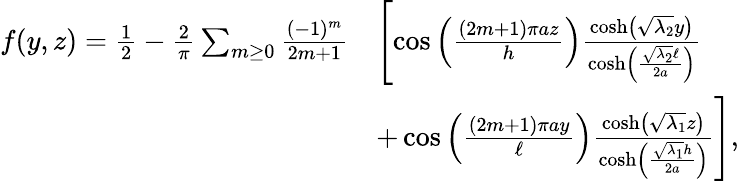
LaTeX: \begin{array}{rl}{f(y,z)=\frac{1}{2}-\frac{2}{\pi}\sum_{m\geq 0}\frac{(-1)^{m}}{2m+1}}&{\left[\cos\left(\frac{(2m+1)\pi az}{h}\right)\frac{\cosh\left(\sqrt{\lambda_{2}}y\right)}{\cosh\left(\frac{\sqrt{\lambda_{2}}\ell}{2a}\right)}\right.}\\ &{\left.+\cos\left(\frac{(2m+1)\pi ay}{\ell}\right)\frac{\cosh\left(\sqrt{\lambda_{1}}z\right)}{\cosh\left(\frac{\sqrt{\lambda_{1}}h}{2a}\right)}\right],}\end{array}